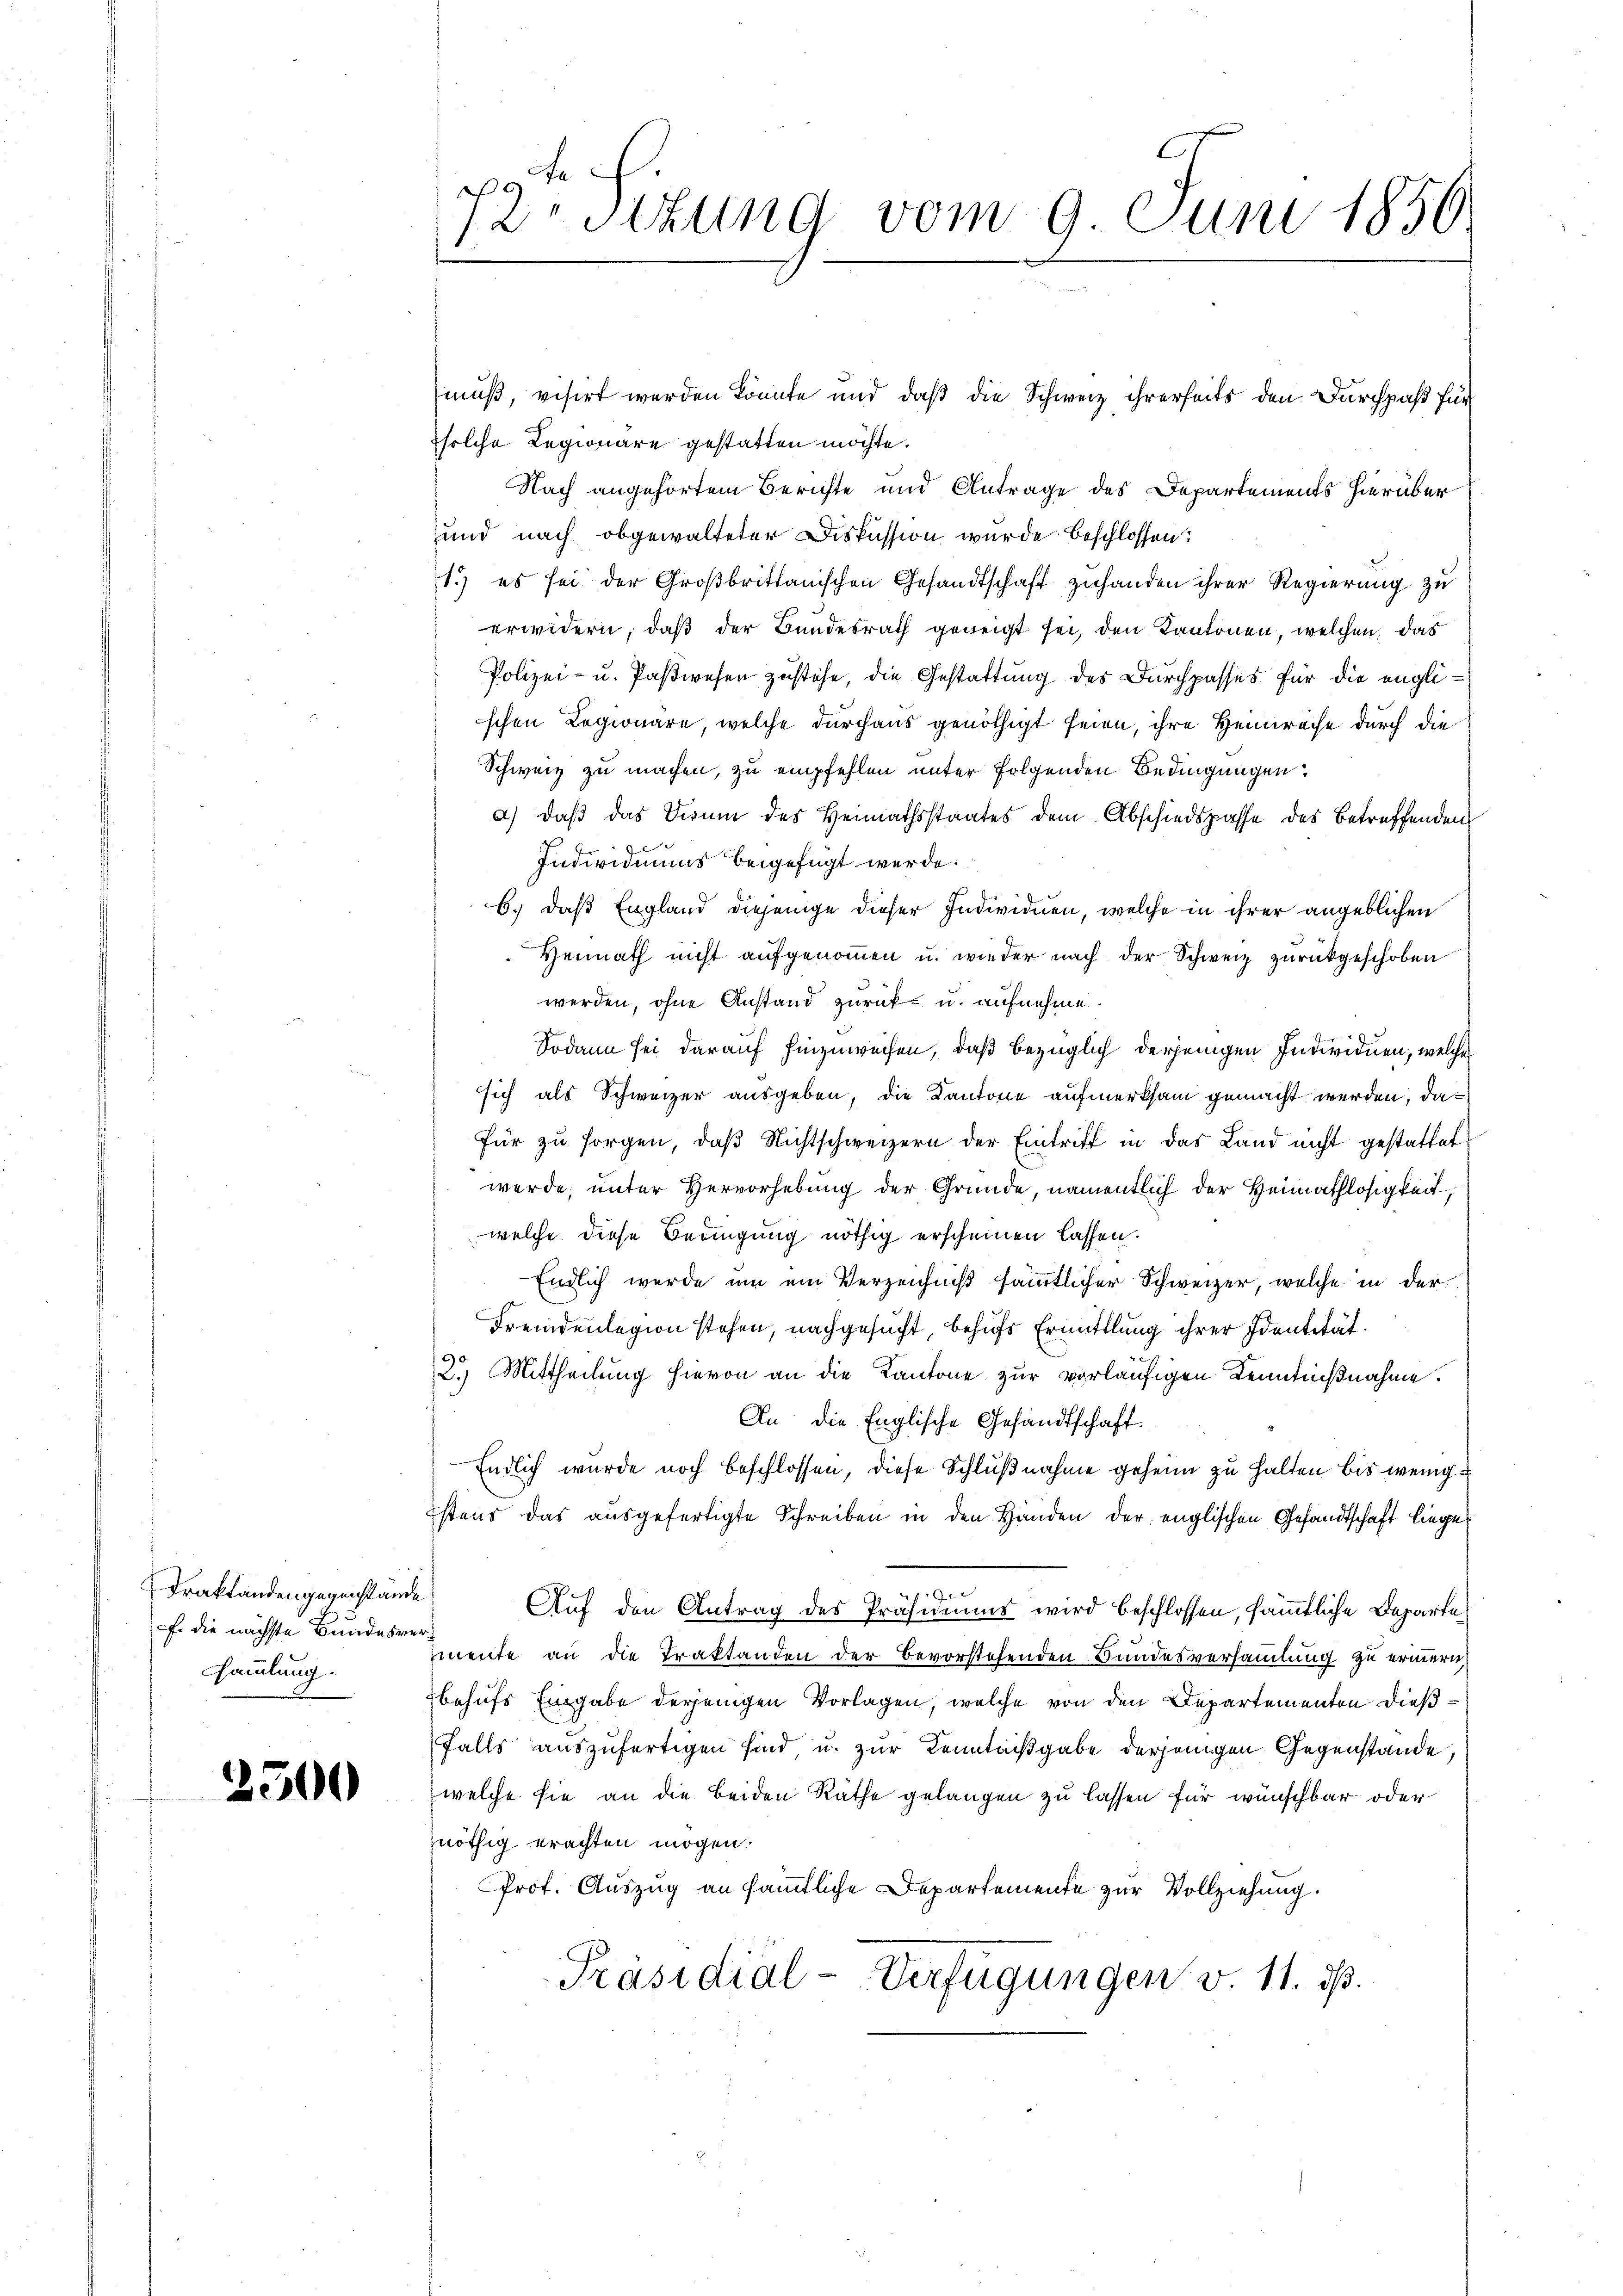
Draktandengegenstände
: die nächste Bundesver¬
Sammlung.

2500

pte
rStzung vom 9. Juni 1850.

muß, visirt werden könnte und daß die Schweiz ihrerseits den Durchpaß für
solche Regionare gestatten möchte.
Nach angehörtem Berichte und Antrage des Departements hierüber
und nach obgewalteter Diskussion wurde beschlossen:
1.) es sei der Großbrittanischen Gesandtschaft zuhanden ihrer Regierung zu
erwidern, daß der Bundesrath geneigt sei, den Kantonen, welchen, das
Polizei- u. Paßwesen zustehe, die Gestattung des Durchpasses für die englischen Legionare, welche durchaus genöthigt seien, ihre Heimreise durch die
Schweiz zu machen, zu empfehlen unter folgenden Bedingungen
a) daß das Visum des Heimathsstaates dem Abschiedspasse des Betreffenden
7
Individuums beigefügt werde.
b.) daß England diejenige dieser Individuen, welche in ihrer angeblichen
Heimath nicht aufgenommen u. wieder nach der Schweiz zurückgeschoben
werden, ohne Anstand zurück u. aufnehme
Sodann sei darauf hinzuweisen, daß bezüglich derjenigen Individuen, welche
ssich als Schweizer ausgeben, die Kantone aufmerksam gemacht werden, dafür zu sorgen, daß Nichtschweizern der Eintritt in das Land nicht gestattet
werde, unter Hervorhebung der Gründe, namentlich der Heimathlosigkeit,
welche diese Bedingung nöthig erscheinen lassen.
Endlich wurde um ein Verzeichniß sämmtlicher Schweizer, welche in der
Fremdenlegion stehen, nachgesucht, behufs Ermittlung ihrer Identität.
2.) Mittheilung hievon an die Kantone zur vorläufigen Kenntnißnahme.
An die Englische Gesandtschaft.
Endlich wurde noch beschlossen, diese Schlußnahme geheim zu halten bis wenigistens das ausgefertigte Schreiben in den Händen der englischen Gesandtschaft liege¬
.
Auf den Antrag des Präsidiums wird beschlossen, sämmtliche Departe
mente an die Traktanden der Bevorstehenden Bundesversammlung zu erinnern,
behufs Eingabe derjenigen Vorlagen, welche von den Departementen dießfalls auszufertigen sind, u. zur Kenntnißgabe derjenigen Gegenstände
welche sie an die beiden Rathe gelangen zu lassen für wünschbar oder
nöthig erachten mögen.
Prof. Auszug an sämmtliche Departemente zur Vollziehung.
Präsidial-Verfügungen v. 11. ds.